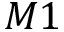
M 1